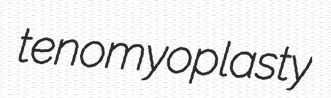
tenomyoplasty